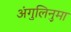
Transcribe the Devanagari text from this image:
अंगुलिनुमा